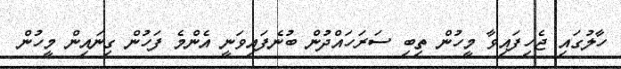
ހާލުގައި ޖެހިފައިވާ މީހުން ތިބި ސަރަހައްދުން ބުނެފައިވަނީ އެންމެ ފަހުން ގިނައިން މީހުން